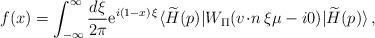
LaTeX: \begin{align*}f (x)=\int_{-\infty}^\infty \frac{d \xi}{2 \pi}{\rm e}^{i(1 - x) \, \xi}\langle \widetilde{H}(p) |W_{\scriptstyle\Pi} ( {v \!\cdot\! n} \, \xi \mu -i0) | \widetilde{H}(p) \rangle\, ,\end{align*}